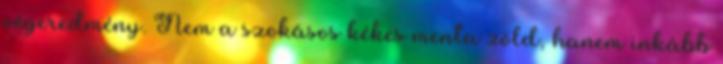
végeredmény. Nem a szokásos kékes menta zöld, hanem inkább